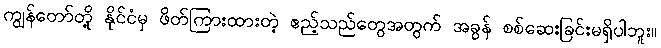
ကျွန်တော်တို့ နိုင်ငံမှ ဖိတ်ကြားထားတဲ့ ဧည့်သည်တွေအတွက် အခွန် စစ်ဆေးခြင်းမရှိပါဘူး။